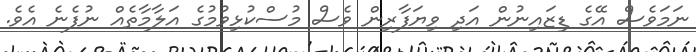
ނަމަވެސް އޭގެ ޑިޒައިނުން އަދި ވިޔަފާރިން ވެސް މުސްކުޅިވުމުގެ އަލާމާތެއް ނުފެނެ އެވެ.